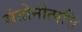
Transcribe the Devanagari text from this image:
संतोनोत्पत्ति